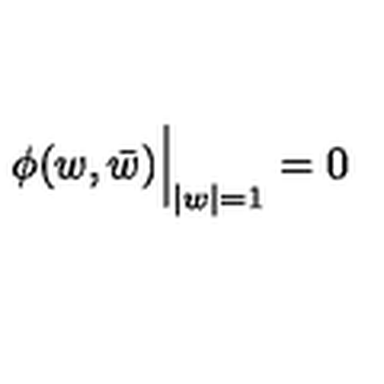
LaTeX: \phi ( w , \bar { w } ) \Bigr | _ { | w | = 1 } = 0